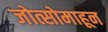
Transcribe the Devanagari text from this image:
जोत्सोमाहून